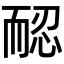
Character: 𦓖